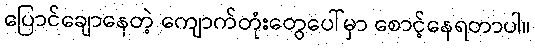
ပြောင်ချောနေတဲ့ ကျောက်တုံးတွေပေါ်မှာ စောင့်နေရတာပါ။